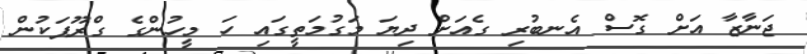
ޖަނާޒާ އަށް ގޮސް އެނބުރި ގެއަށް ދިޔަ މަގުމަތީގައި ހަ މީހުންގެ ގްރޫޕަކުން